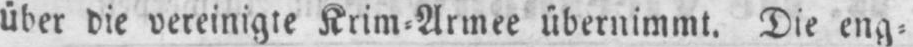
über die vereinigte Krim⸗Armee übernimmt. Die eng⸗